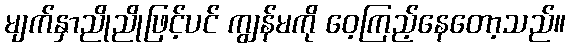
မျက်နှာညိုညိုဖြင့်ပင် ကျွန်မကို ဝေ့ကြည့်နေတော့သည်။